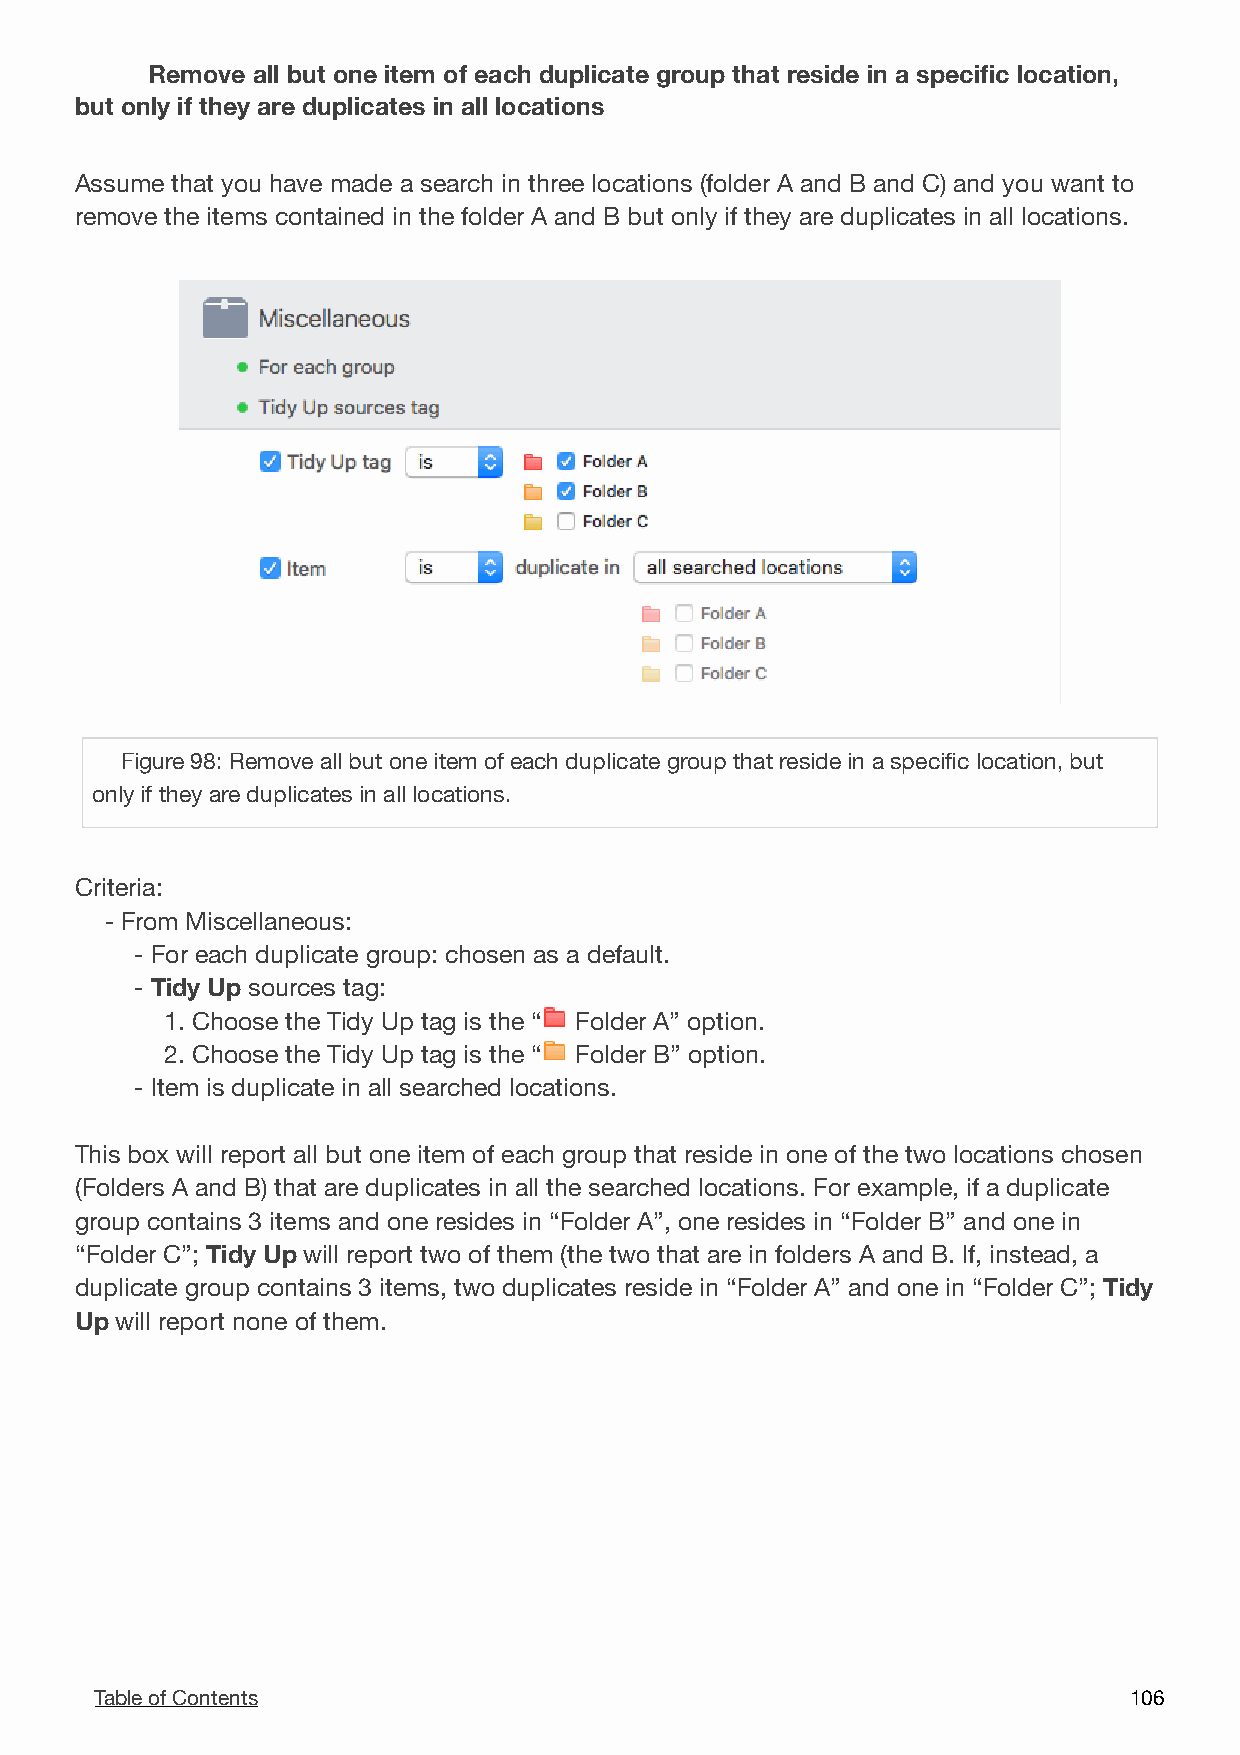
Remove all but one item of each duplicate group that reside in a specific location,
 but only if they are duplicates in all locations
 Assume that you have made a search in three locations (folder A and B and C) and you want to
 remove the items contained in the folder A and B but only if they are duplicates in all locations.

 Figure 98: Remove all but one item of each duplicate group that reside in a specific location, but
 only if they are duplicates in all locations.
 Criteria:
 - From Miscellaneous:
 - For each duplicate group: chosen as a default.
 - Tidy Up sources tag:
 1. Choose the Tidy Up tag is the “ Folder A” option.
 2. Choose the Tidy Up tag is the “ Folder B” option.
 - Item is duplicate in all searched locations.
 This box will report all but one item of each group that reside in one of the two locations chosen
 (Folders A and B) that are duplicates in all the searched locations. For example, if a duplicate
 group contains 3 items and one resides in “Folder A”, one resides in “Folder B” and one in
 “Folder C”; Tidy Up will report two of them (the two that are in folders A and B. If, instead, a
 duplicate group contains 3 items, two duplicates reside in “Folder A” and one in “Folder C”; Tidy
 Up will report none of them.
 Table of Contents                                                    1 06